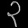
Digit: ၃